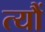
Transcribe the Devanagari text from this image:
त्यौं